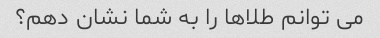
می توانم طلاها را به شما نشان دهم؟